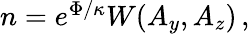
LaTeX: \begin{array}{r}{n=e^{\Phi/\kappa}W(A_{y},A_{z})\, ,}\end{array}